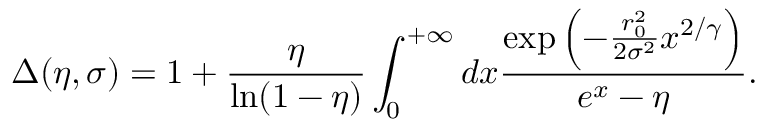
\Delta ( \eta , \sigma ) = 1 + \frac { \eta } { \ln ( 1 - \eta ) } \int _ { 0 } ^ { + \infty } d x \frac { \exp \left( - \frac { r _ { 0 } ^ { 2 } } { 2 \sigma ^ { 2 } } x ^ { 2 / \gamma } \right) } { e ^ { x } - \eta } .